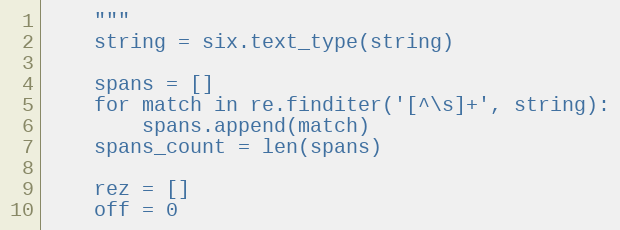
Language: Python
    """
    string = six.text_type(string)

    spans = []
    for match in re.finditer('[^\s]+', string):
        spans.append(match)
    spans_count = len(spans)

    rez = []
    off = 0